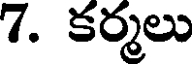
7. కర్మలు